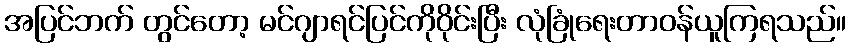
အပြင်ဘက် တွင်တော့ မင်ဂျာရင်ပြင်ကိုဝိုင်းပြီး လုံခြုံရေးတာဝန်ယူကြရသည်။